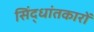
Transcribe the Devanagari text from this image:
सिंद्धांतकारों